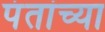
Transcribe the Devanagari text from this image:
पंतांच्या